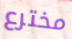
مخترع